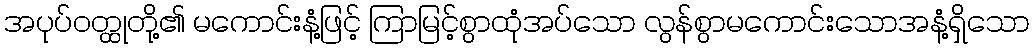
အပုပ်ဝတ္ထုတို့၏ မကောင်းနံ့ဖြင့် ကြာမြင့်စွာထုံအပ်သော လွန်စွာမကောင်းသောအနံ့ရှိသော